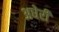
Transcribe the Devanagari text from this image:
अधेरी